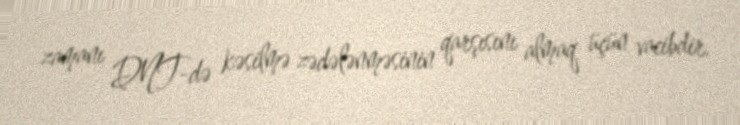
zamanı DNT-də kəsilmə zədələnməsinin qarşısını almaq üçün vacibdir.